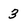
Character: 3